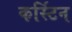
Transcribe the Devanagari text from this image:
कर्स्टिन